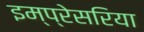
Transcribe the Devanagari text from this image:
इम्प्रेसरिया